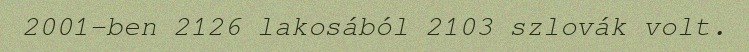
2001-ben 2126 lakosából 2103 szlovák volt.